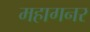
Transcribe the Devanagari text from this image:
महागनर